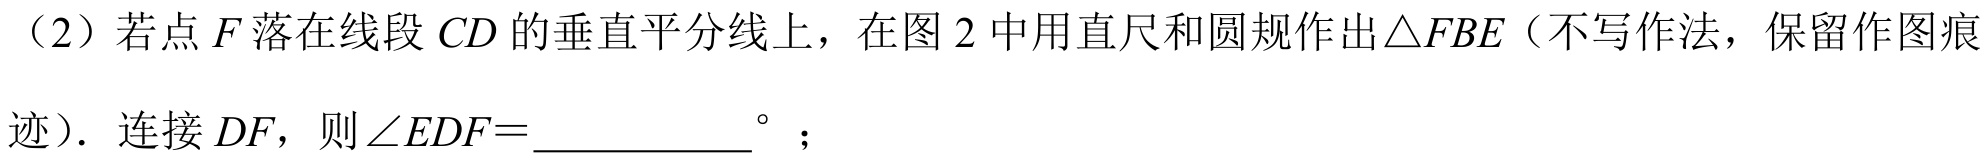
（2）若点\(F\)落在线段\(CD\)的垂直平分线上，在图2中用直尺和圆规作出\(\triangle FBE\)（不写作法，保留作图痕迹）. 连接\(DF\)，则\(\angle EDF = \_\_\_^{\circ}\)；